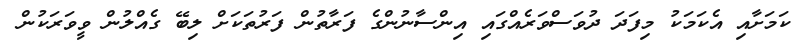
ކަމަށާއި އެކަމަކު މިފަދަ ދުވަސްވަރެއްގައި އިންސާނުންގެ ފަރާތުން ފަރުތަކަށް ލިބޭ ގެއްލުން ވީވަރަކުން